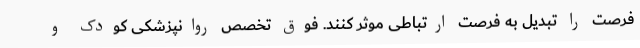
فرصت را تبدیل به فرصت ارتباطی موثر کنند. فوق تخصص روانپزشکی کودک و